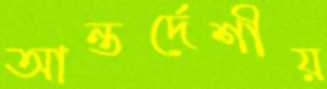
আন্তর্দেশীয়